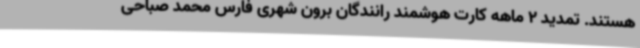
هستند. تمدید 2 ماهه کارت هوشمند رانندگان برون شهری فارس محمد صباحی